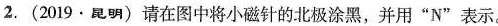
2. (2019·昆明) 请在图中将小磁针的北极涂黑，并用”N”表示。